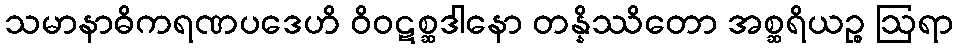
သမာနာဓိကရဏပဒေဟိ ဝိဝဋစ္ဆဒါနော တန္နိဿိတော အစ္ဆရိယဉ္စ ဩရာ